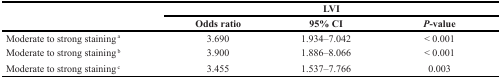
| <ROWSPAN=2>  | <COLSPAN=3> LVI |
 | Odds ratio | 95% CI | P-value |
 | --- | --- | --- | --- |
 | Moderate to strong staining a | 3.690 | 1.934–7.042 | < 0.001 |
 | Moderate to strong staining b | 3.900 | 1.886–8.066 | < 0.001 |
 | Moderate to strong staining c | 3.455 | 1.537–7.766 | 0.003 |